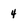
Character: 4